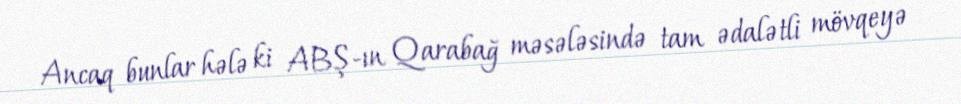
Ancaq bunlar hələ ki ABŞ-ın Qarabağ məsələsində tam ədalətli mövqeyə